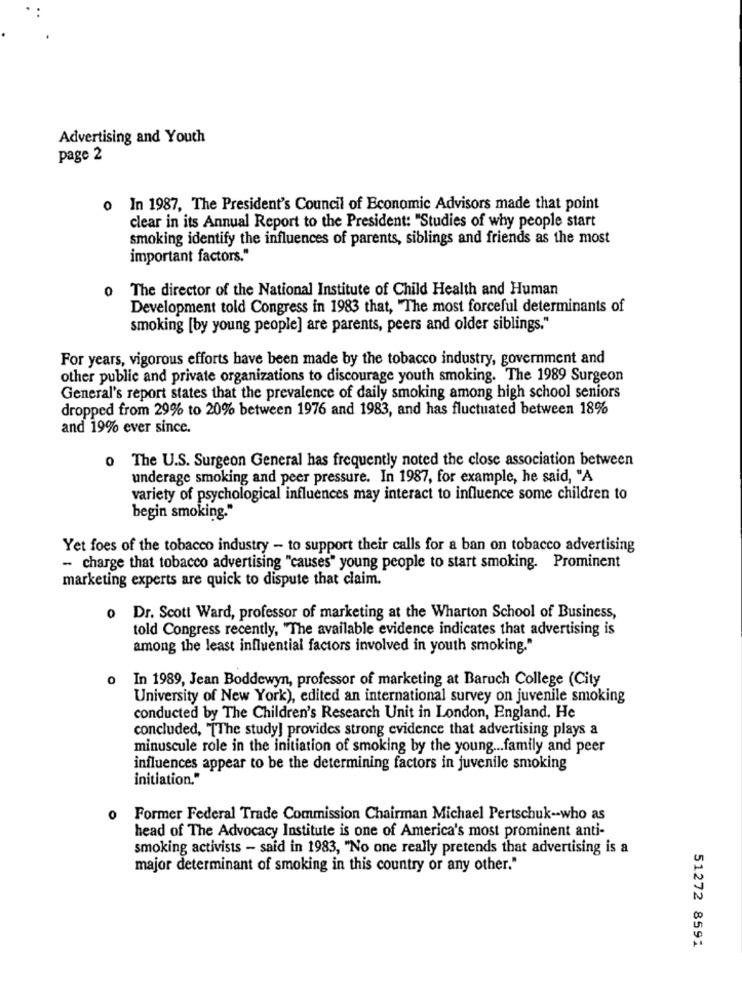
Advertising and Youth
page 2
o In 1987, The President's Council of Economic Advisors made that point
clear in its Annual Report to the President: "Studies of why people start
smoking identify the influences of parents, siblings and friends as the most
important factors."
o The director of the National Institute of Child Health and Human
Development told Congress in 1983 that, "The most forceful determinants of
smoking [by young people] are parents, peers and older siblings."
For years, vigorous efforts have been made by the tobacco industry, government and
other public and private organizations to discourage youth smoking. The 1989 Surgeon
General's report states that the prevalence of daily smoking among high school seniors
dropped from 29% to 20% between 1976 and 1983, and has fluctuated between 18%
and 19% ever since.
o The U.S. Surgeon General has frequently noted the close association between
underage smoking and peer pressure. In 1987, for example, he said, "A
variety of psychological influences may interact to influence some children to
begin smoking.
Yet foes of the tobacco industry - to support their calls for a ban on tobacco advertising
- charge that tobacco advertising "causes" young people to start smoking. Prominent
marketing experts are quick to dispute that claim.
o Dr. Scott Ward, professor of marketing at the Wharton School of Business,
told Congress recently, "The available evidence indicates that advertising is
among the least influential factors involved in youth smoking."
o In 1989, Jean Boddewyn, professor of marketing at Baruch College (City
University of New York), edited an international survey on juvenile smoking
conducted by The Children's Research Unit in London, England. He
concluded, "[The study] provides strong evidence that advertising plays a
minuscule role in the initiation of smoking by the young ... family and peer
influences appear to be the determining factors in juvenile smoking
initiation."
o Former Federal Trade Commission Chairman Michael Pertschuk -- who as
head of The Advocacy Institute is one of America's most prominent anti-
smoking activists - said in 1983, "No one really pretends that advertising is a
major determinant of smoking in this country or any other."
51272 8591